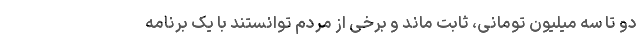
دو تا سه میلیون تومانی، ثابت ماند و برخی از مردم توانستند با یک برنامه